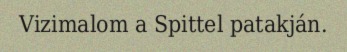
Vizimalom a Spittel patakján.